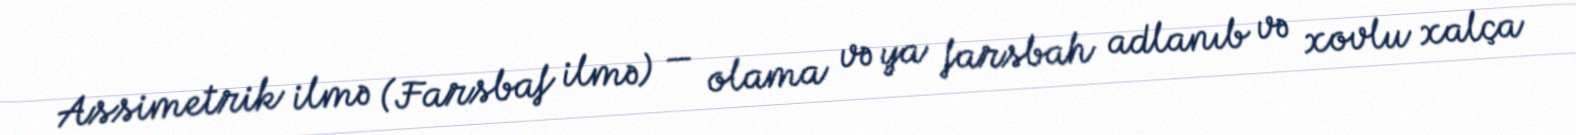
Assimetrik ilmə (Farsbaf ilmə) — olama və ya farsbah adlanıb və xovlu xalça